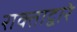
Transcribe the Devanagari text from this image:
राक्ताद्वारे